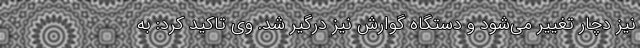
نیز دچار تغییر می‌شود و دستگاه گوارش نیز درگیر شد. وی تاکید کرد: به